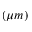
( \mu m )